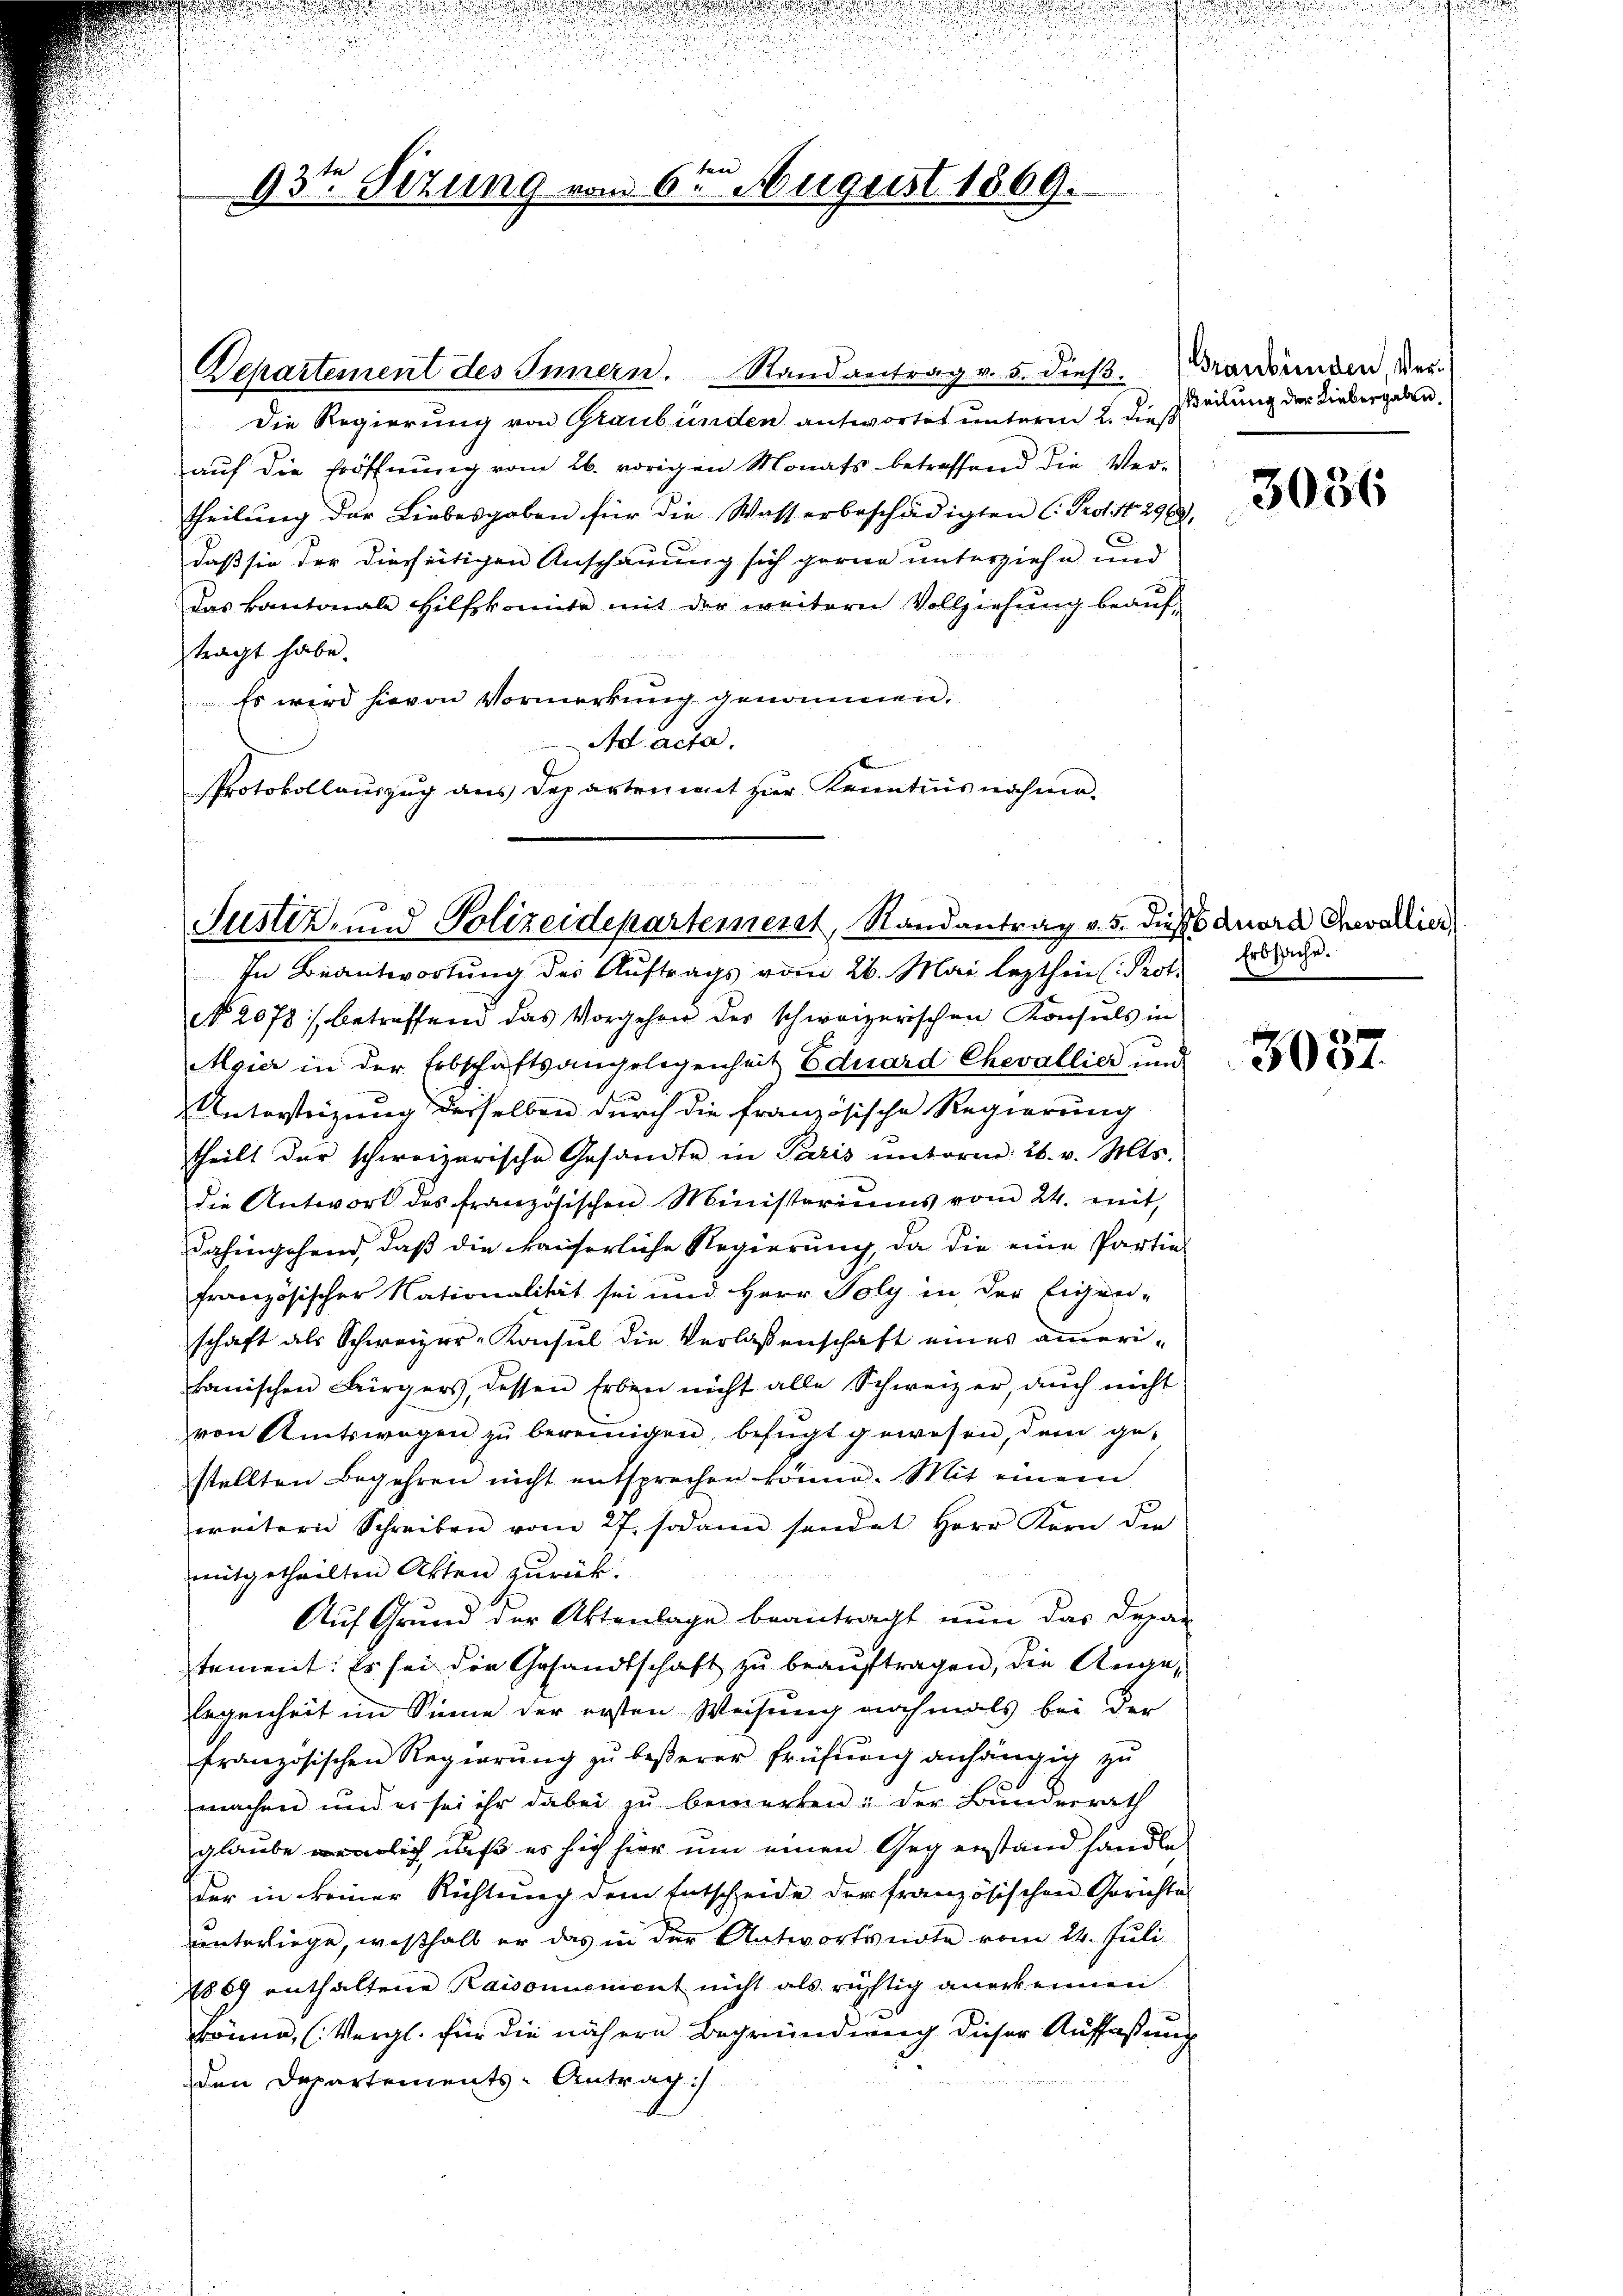
Departement des Innern. Randantrag v. 5. dieβ. Brandenden, Ver-
Die Regierung von Graubünden antwortet unterm 2. dieß
auf die Eröffnung vom 26. vorigen Monats betreffend die Ver-
theilŭng der Liebesgaben für die Wasserbeschädigten C. Prof. No. 296,
daß sie der diesseitigen Anschauung sich gerne unterziehe und
Das kantonale Hilfskomite mit der weitern Vollziehŭng beaŭf-
tragt habe.
Es wird hievon Vormerkung genommen.
Ad acta.
Protokollauszug aus Departement zur Kenntnisnahme-

93te Sitzung vom 6ten August 1869.

Justiz- und Polizeidepartement, Randantrag v. 5. d.
In Beantwortung der Auftrags vom 26. Mai lezthin (Prot. Er sache.

Weilung der Liebergaben.

No. 2078 betreffend das Vorgehrer der schweizerischen Konsiels in
Meier in der Erbschaftsangelegenheit Eduard Chevallier und
Untersteigung derselben durch die französische Regierung
theilt der schweizerische Gesandte in Paris ŭnterm 26. v. Mts.
die Antwort des französischen Ministeriums vom 24. mit
dahingehend, daß die kaiserliche Regierung, da die eine Partie
französischer Nationalität sei und Herr Poly in der Eigen-
schaft als Schweizer-Konsul die Verlassenschaft eines amerikanischen Bürgers, dessen Erben nicht alle Schweizer, aŭch nicht
von Amtswegen zŭ bereinigen, befŭgt gewesen, dem ge-
stellten Begehren nicht entsprechen könne. Mit einem
weitern Schreiben vom 27. sodann sendet Herr Kern die
mitgetheilten Akten zurück.
Aŭf Grŭnd der Aktenlage beantragt nŭn das Depar
tement: Es sei der Gesandtschaft zu beauftragen, die Angelegenheit im Sinne der ersten Weisung nochmals bei der
französischen Regierung zu besserer frühung anhängig zu
machen und es sei ihr dabei zu bemerken: der Bunderrath
glaube nemlich, daß es sich hier um einen Gegenstand handle
der in keiner Richtung dem Entscheide der französischen Gerichte
unterliege, weßhalb er das in der Antwortsnote vom 24. Juli
867 enthaltene Raisonnement nicht als richtig anerkennen.
könne, (Vergl. für die nähern Begründung dieser Auffaßung
den Departements-Antrag is

3036

sduard Chevallier,

3037